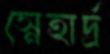
স্নেহার্দ্র